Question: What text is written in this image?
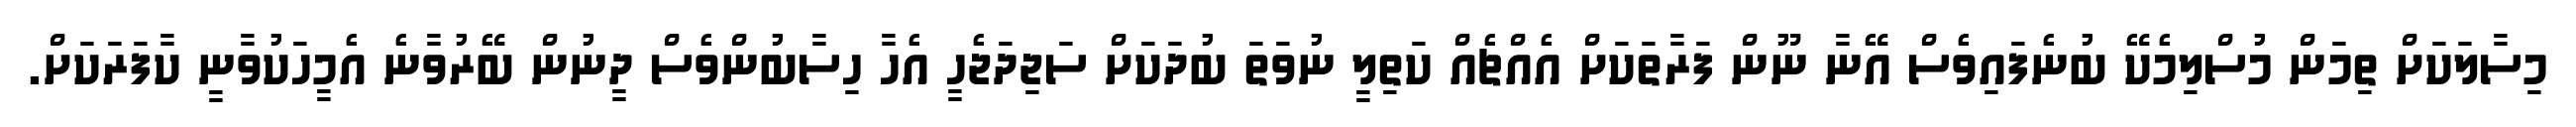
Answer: މިސާލަކަށް ތިމަން މުސްލިމެކޭ ބުނެފައިވެސް އޭނާ ނޫން ފަރާތަކަށް އެއްޗެއް ކަތިލީ ނުވަތަ ބުދަކަށް ސަޖިދަޖެހީ އެހާ ހިސާބުންވެސް ދީނުން ބޭރުވާނެ އެމީހަކުވާނީ ކާފަރަކަށް.